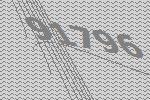
91796